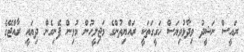
ރައީސް ނަޝީދު ވިދާޅުވިޔަސް ހަގީގަތަކީ ރައްޔިތުންގެ މަޖިލީހުން މުޅިން ފެނިގެން ދިޔައީ ރާއްޖޭގެ